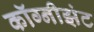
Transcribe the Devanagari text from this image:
कॉग्नीझंट